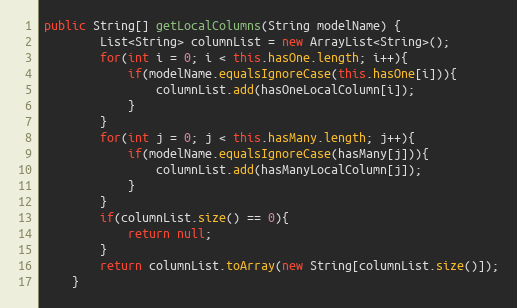
Language: Java
public String[] getLocalColumns(String modelName) {
		List<String> columnList = new ArrayList<String>();
		for(int i = 0; i < this.hasOne.length; i++){
			if(modelName.equalsIgnoreCase(this.hasOne[i])){
				columnList.add(hasOneLocalColumn[i]);
			}
		}
		for(int j = 0; j < this.hasMany.length; j++){
			if(modelName.equalsIgnoreCase(hasMany[j])){
				columnList.add(hasManyLocalColumn[j]);
			}
		}
		if(columnList.size() == 0){
			return null;
		}
		return columnList.toArray(new String[columnList.size()]);
	}